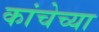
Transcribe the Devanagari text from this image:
कांचेच्या